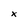
Character: x